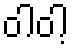
ဝါဝါ့